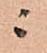
ニ